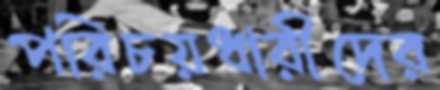
পরিচয়ধারীদের